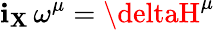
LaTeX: \mathbf{i}_{\mathbf{X}}\, \omega^{\mu}=\deltaH^{\mu}